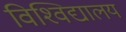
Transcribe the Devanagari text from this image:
विश्‍विद्यालय